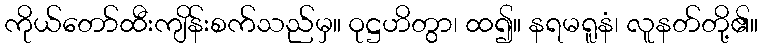
ကိုယ်တော်ထီးကျိန်းစက်သည်မှ။ ဝုဋ္ဌဟိတွာ၊ ထ၍။ နရမရူနံ၊ လူနတ်တို့၏။